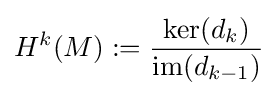
H^{k}(M):={\frac {{\text{ker}}(d_{k})}{{\text{im}}(d_{k-1})}}